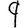
Digit: 9